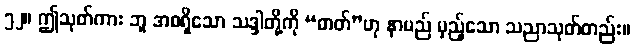
၅၂။ ဤသုတ်ကား ဘူ အစရှိသော သဒ္ဒါတို့ကို “ဓာတ်”ဟု နာမည် မှည့်သော သညာသုတ်တည်း။